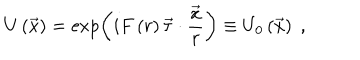
U \left( \vec { x } \right) = \exp \left( i F \left( r \right) \vec { \tau } \cdot \frac { \vec { x } } { r } \right) \equiv U _ { 0 } \left( \vec { x } \right) \; ,